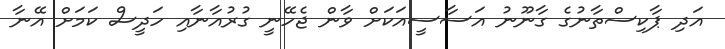
އަދި ޕާކިސްތާނުގެ ގާނޫނު އަސާސީއަކަށް ވާން ޖެހޭނީ ގުރުއާނާއި ހަދީސް ކަމަށް އޭނާ